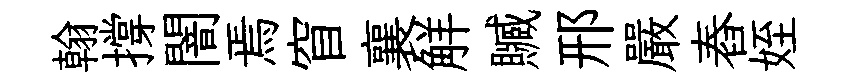
翰撐闇焉窅襄觧贓邢嚴舂姪